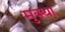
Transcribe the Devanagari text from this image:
मुक्था